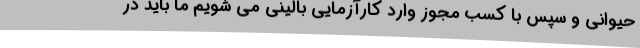
حیوانی و سپس با کسب مجوز وارد کارآزمایی بالینی می شویم ما باید در